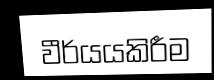
වීර්යයකිරීම